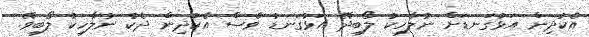
އެކުދިން އަޅުގަނޑަށް ނުލާހިކު ލޯބިދޭ އަޅުގަނޑު ވެސް އެކުދިން ދެކެ ނުލާހިކު ލޯބިވޭ.